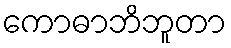
ကောဓာဘိဘူတာ